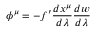
\phi ^ { \mu } = - f ^ { \prime } \frac { d x ^ { \mu } } { d \lambda } \frac { d w } { d \lambda }